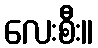
လေးစီး။